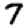
Digit: 7